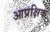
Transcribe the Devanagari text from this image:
आप्रक्षिक